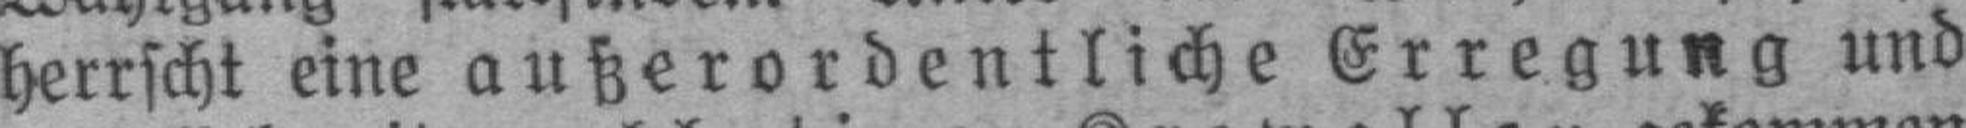
herrscht eine außerordentliche Erregung und